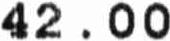
42.00